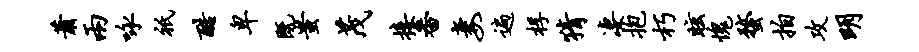
萧两咏只酷卑既蚩茂接番妻遍桴猜凄抱朽眩愧蝥拍攻明